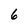
Character: 6